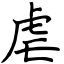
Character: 虐